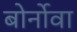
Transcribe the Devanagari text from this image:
बोर्नोवा